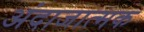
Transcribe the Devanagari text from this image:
अंदाजात्मक